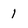
Character: l